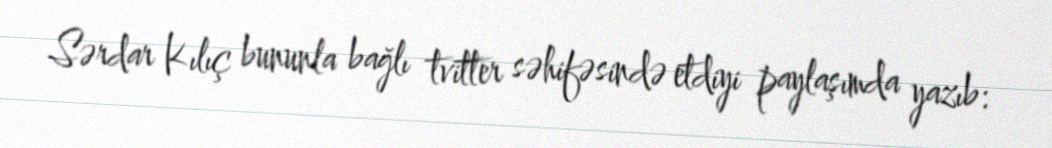
Sərdar Kılıç bununla bağlı tvitter səhifəsində etdiyi paylaşımda yazıb: